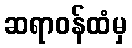
ဆရာဝန်ထံမှ